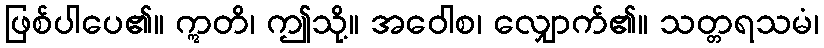
ဖြစ်ပါပေ၏။ ဣတိ၊ ဤသို့။ အဝေါစ၊ လျှောက်၏။ သတ္တရသမံ၊